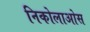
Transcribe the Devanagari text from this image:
निकोलाओस